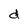
Character: d